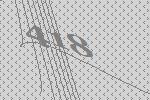
418